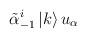
LaTeX: \begin{align*}\tilde{\alpha}_{-1}^i \left|k\right> u_\alpha\end{align*}